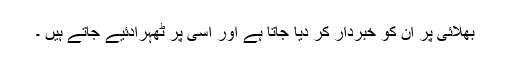
بھلائی پر ان کو خبردار کر دیا جاتا ہے اور اسی پر ٹھہرادئیے جاتے ہیں ۔